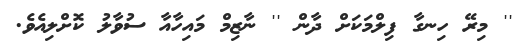
'' މިރޭ ހިނގާ ފިލްމަކަށް ދާން '' ނާޒިމް މައިހާއާ ސުވާލު ކޮށްލިއެވެ.